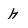
Character: h